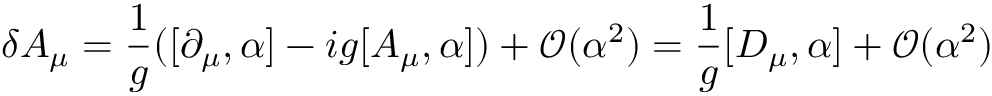
\delta A _ { \mu } = { \frac { 1 } { g } } ( [ \partial _ { \mu } , \alpha ] - i g [ A _ { \mu } , \alpha ] ) + { \mathcal { O } } ( \alpha ^ { 2 } ) = { \frac { 1 } { g } } [ D _ { \mu } , \alpha ] + { \mathcal { O } } ( \alpha ^ { 2 } )